King Institute of Preventive Medicine Micro-Biological Section reports 1909-11
Year: 1909
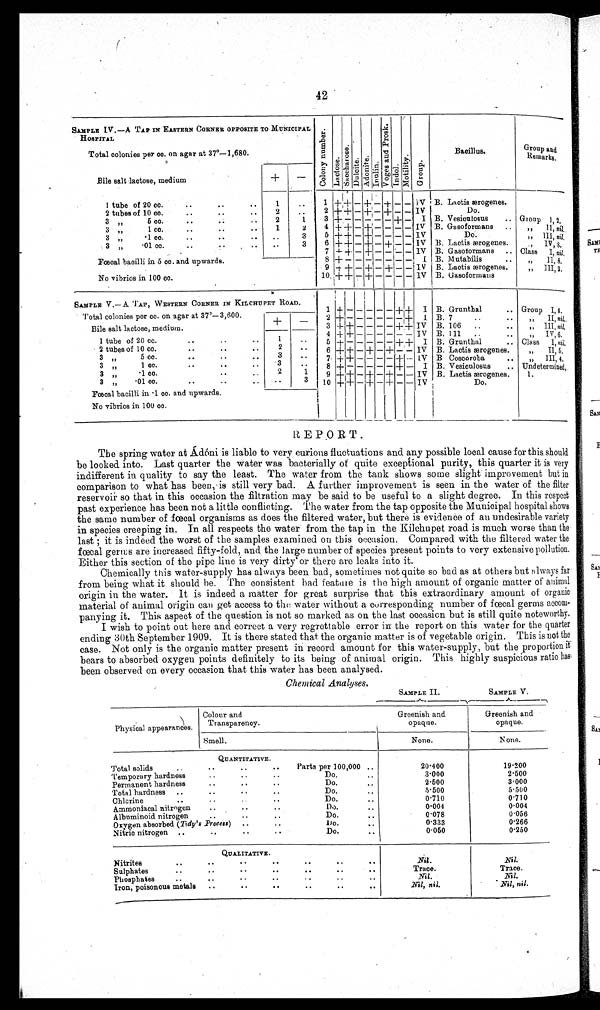
42
SAMPLE IV —A TAP IN EASTERN CORNER OPPOSITE TO MUNICIPAL
HOSPITAL
C o l o n y n u m b e r .
La c t os e .
S a c c h a r o s e .
D u l c i t e .
Adoni t e.
I nul i n.
V o g e s a n d P r o s k .
I ndol .
Mo t i l i t y .
Gr oup.
Bacillus.
Group and
Remarks.
Total colonies per cc. on agar at 37°—1,680.
Bile salt lactose, medium
+
1 tube of 20 cc.
..
..
..
1
..
1
+ + - + - + - - IV B. Lactis ærogenes.
-..
2 tubes of 10 cc.
..
..
..
2
..
2 + + - +
-
+ - - IV
Do.
3 "
5 cc.
..
..
2
1
3 + + - - - - + - I B. Vesiculosus
.. Group 1,2,
3 "
1 cc.
..
..
1
2
4 + + - +
-
- - - I V B. Gasoformans ..
,, II,nil.
3 ,,
.1 cc.
..
..
..
..
3
5 + + - + -
-
- - IV
Do.
" III
„
nil.
3 „
.01 cc.
..
..
..
3
6 + + - + - +
-
- IV B. Lactis ærogenes.
" I V , 8 .
.
7 .+ +
-
+
- -
-
-
IV B. Gasoformans
,
Class I,n i l
Fœcal bacilli in 5 cc. and upwards.
8 + + +
- - - - - -
I B. Mutabilis
..
" I I , 8 ,
9 + + - + - + - -
I V
B. Lactis ærogenes.
" III, 2.
No vibrios in 100 cc.
'
10 +
++
-
+ -
-
- - IV IB. Gasoforrnans
„
S A M P L E . V — A T A P , W E S T E R N C O R N E R I N K I L C H U P E T R O A D .
1 +
- - - - -
+
+
I B. Grunthal
.. Group I,4.
Total colonies per cc. on agar at 37º— 3,600.
Bile salt lactose, medium
+
-
2 +
- - - - - -
+ I B. 7
..
, ,
" I I ,
n i l
.
_
3 + + - - - - +
+ IV B. 106 ..
..
,,III, nil
„
4 + +
-
- - - -
-
IV B. 111..
" I V , 6 .
_
1 tube of 20 cc.
. .
"
1
. . 5 +
- -
_
- - -
+ +
I
B . G r u n t h a l . . Class I,
n i l
2 tubes of 10 cc.
..
. .
. .
2
. .
6 + + - + - + - - IV B. Lactis ærogenes.
„ II,
3 "
5 cc.
. .
. .
. .
3
. . 7 + + - - - - + - IV B Coscoroba
.
" III, 4,
3 "
1cc.
..
..
3
..
8 +
- - - - -
+ - I B. Vesiculosus
.. Un d e t e r mi n e d .
3 ".1 cc.
. . , ,
2
1
9 + + - + - + - - IV B. Lactis ærogenes.
1.
3 „
.01 cc.
. .
. .
. .
. .
3
10
+ +
-
+
-
+ -
-
IV
Do.
Fœcal bacilli in .1 cc. and upwards.
No vibrios in 100 cc.
REPORT.
The spring water at Ádóni is liable to very curions fluctuations and any possible local cause for this should
be looked into. Last quarter the water was bacterially of quite exceptional purity, this quarter it is very
indifferent in quality to say the least. The water from the tank shows some slight improvement but in
comparison to what has been, is still very bad. A further improvement is seen in the water of the filter
reservoir so that in this occasion the filtration may be said to be useful to a slight degree. In this respect
past experience has been not a little conflicting. The water from the tap opposite the Municipal hospital shows
the same number of fœcal organisms as does the filtered water, but there is evidence of an undesirable variety
in species creeping in. In all respects the water from the tap in the Kilchupet road is much worse than the
last ; it is indeed the worst of the samples examined on this occasion. Compared with the filtered water the
fœcal germs are increased fifty-fold, and the large number of species present points to very extensive pollution.
Either this section of the pipe line is very dirty or there are leaks into it.
Chemically this water-supply has always been bad, sometimes not quite so bad as at others but always far
from being what it should be. The consistent bad feature is the high amount of organic matter of animal
origin in the water. It is indeed a matter for great surprise that this extraordinary amount of organic
material of animal origin can get access to the water without a corresponding number of fœcal germs accom-
panying it. This aspect of the question is not so marked as on the last occasion but is still quite noteworthy.
I wish to point out here and correct a very regrettable error in the report on this water for the quarter
ending 30th September 1909. It is there stated that the organic matter is of vegetable origin. This is not the
case. Not only is the organic matter present in record amount for this water-supply, but the proportion it
bears to absorbed oxygen points definitely to its being of animal origin. This highly suspicious ratio has
been observed on every occasion that this water has been analysed.
Chemical Analyses,
SAMPLE II.
SAMPLE V.
Physical appearances.
Colour and
Transparency.
Greenish and
opaque.
Greenish and
opaque.
Smell.
None.
None .
QUANTITATIVE.
Total solids
..
..
Parts per 100,000 ..
20.400
19.200
Temporary hardness
. . . .
Do.
3.000
2.500
Permanent hardnes
..
. .
Do..
2.500
3.000
Total hardness ..
..
. . . .
Do....
5 . 5 0 0
5.500
Chlorine
..
..
. . . .
Do.. .
5 . 5 0 0
5 . 5 0 0
Ammoniacal nitrogen
..
'
. . .
Do.
0.004
0 . 0 0 4
Albuminoid. nitrogen
..
..
Do.
..
0.078
0.
056
Oxygen absorbed ( Ti dy' s process)
... .
Do.
..
0.333
0.266
Nitric nitrogen ..
. . . .
Do.
..
0.050
0.250
QUALITATIVE .
Nitrites
..
..
..
.
.
.
. . . . .
Nil .
Nil.
Sulphates
.
. . . . .
.
. . .
. .
Trace.
Trace.
Phosphates
.
..
. .
'
. . .
Nil .
Nil.
Iron, poisonous metals ...
. . . .
.
. . . . .
_Nil, nil.
Nil, nil.